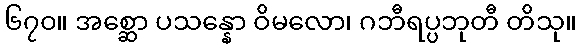
၆၇၀။ အစ္ဆော ပသန္နော ဝိမလော၊ ဂဘီရပ္ပဘုတီ တိသု။